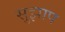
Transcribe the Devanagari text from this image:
सुझाप